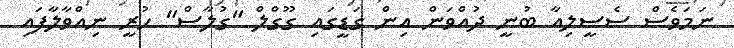
ނަމަވެސް ސެސީލިއާ ބުނީ ދުއްވަން އިން ގަޑީގައި ގޫގްލް "ގުލާސް" ހުރީ ނިއްވާލާފައި